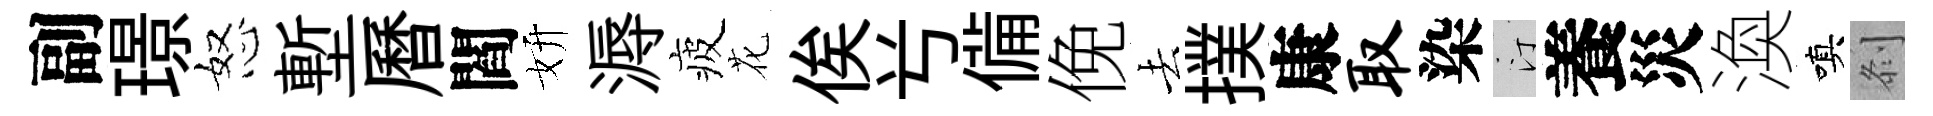
副璟怒塹曆閻妍溽疲花俟𠔃備俛去撲康取染汀養災渙嗔𠛴